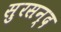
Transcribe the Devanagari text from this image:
सुरसन्द